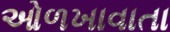
ઓળખાવાતા